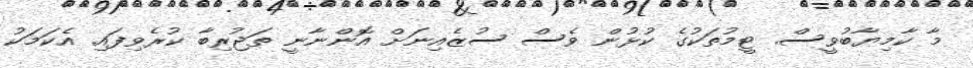
މާ ކާމިޔާބުވީސް. ޓީމުތަކުގެ ކުޅުން ވެސް ސުޒެއިނަށް އޮންނާނީ ތަޖުރިބާ ކުރެވިފައި. އެކަމަކު